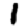
Digit: 1